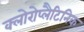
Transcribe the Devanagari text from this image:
क्लोरोप्लैटिनिक